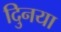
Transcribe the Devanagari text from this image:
दुिनया